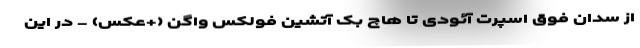
از سدان فوق اسپرت آئودی تا هاچ بک آتشین فولکس واگن (+عکس) - در این